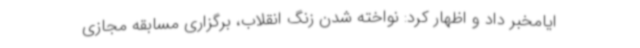
ایامخبر داد و اظهار کرد: نواخته شدن زنگ انقلاب، برگزاری مسابقه مجازی